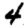
Digit: 4